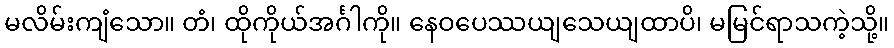
မလိမ်းကျံသော။ တံ၊ ထိုကိုယ်အင်္ဂါကို။ နေဝပေဿယျသေယျထာပိ၊ မမြင်ရာသကဲ့သို့။